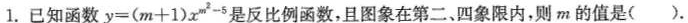
1.已知函数y=(m+1)x^{m^{2}-5}是反比例函数，且图象在第二、四象限内，则m的值是()。